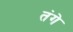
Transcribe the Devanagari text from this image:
तंगे